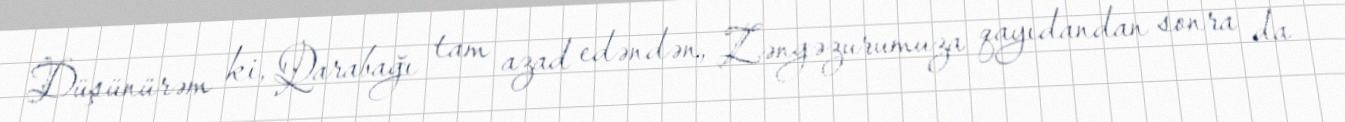
Düşünürəm ki, Qarabağı tam azad edəndən, Zəngəzurumuza qayıdandan sonra da